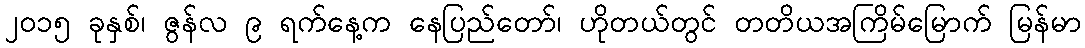
၂၀၁၅ ခုနှစ်၊ ဇွန်လ ၉ ရက်နေ့က နေပြည်တော်၊ ဟိုတယ်တွင် တတိယအကြိမ်မြောက် မြန်မာ